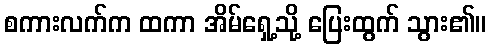
စကားလက်က ထကာ အိမ်ရှေ့သို့ ပြေးထွက် သွား၏။